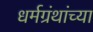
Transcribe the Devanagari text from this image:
धर्मग्रंथांच्या